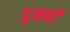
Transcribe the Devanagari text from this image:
पुआधी